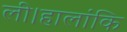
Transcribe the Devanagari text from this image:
ली।हालांकि